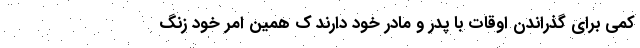
کمی برای گذراندن اوقات با پدر و مادر خود دارند ک همین امر خود زنگ